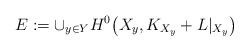
LaTeX: \begin{align*}E:= {\cup}_{y\in Y}H^0\big(X_y, K_{X_y}+ L|_{X_y}\big)\end{align*}